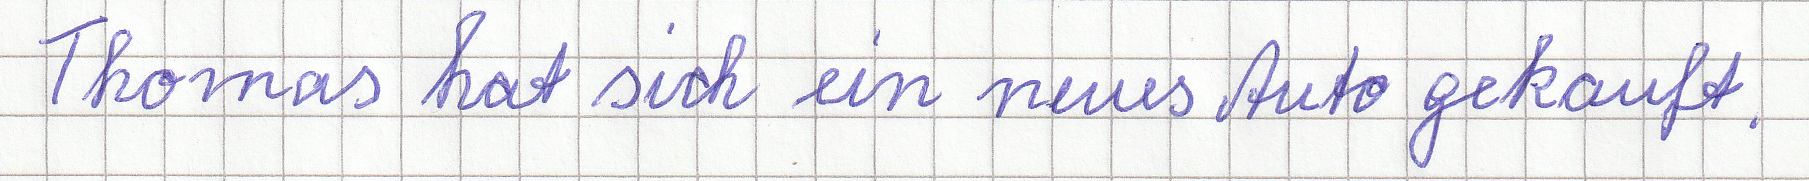
Thomas hat sich ein neues Auto gekauft.